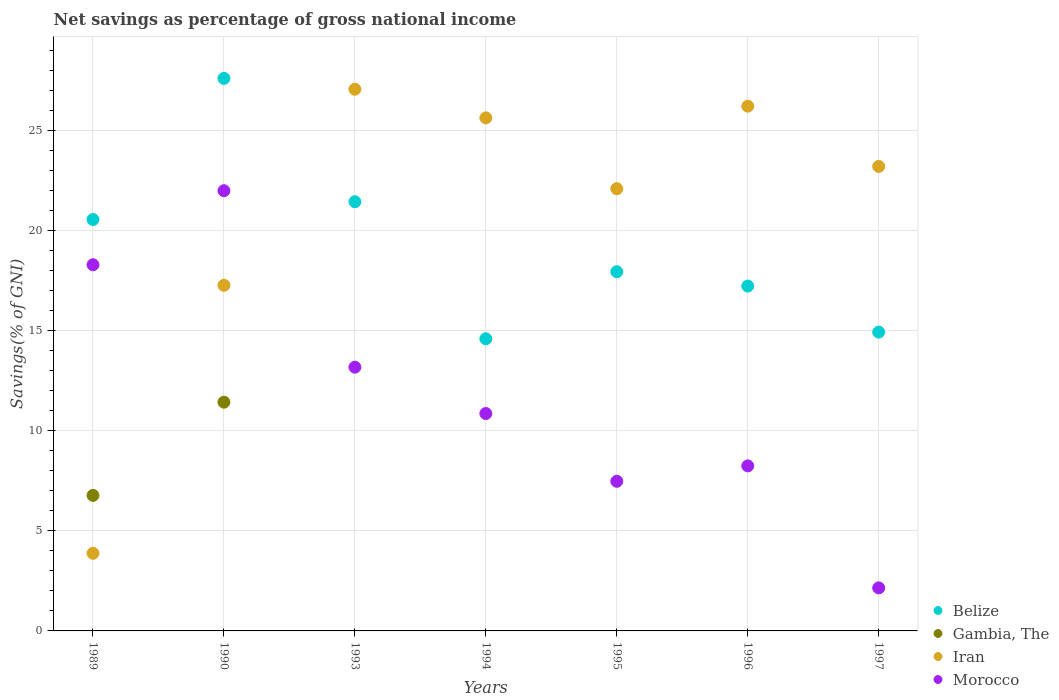
| Years | Belize | Gambia, The | Iran | Morocco |
 | --- | --- | --- | --- | --- |
 | 1989 | 20.6 | 6.77 | 3.88 | 18.3 |
 | 1990 | 27.6 | 11.4 | 17.3 | 22 |
 | 1993 | 21.5 | -12.7 | 27.1 | 13.2 |
 | 1994 | 14.6 | -13.4 | 25.6 | 10.9 |
 | 1995 | 18 | -14.2 | 22.1 | 7.48 |
 | 1996 | 17.2 | -13.4 | 26.2 | 8.25 |
 | 1997 | 14.9 | -11.1 | 23.2 | 2.15 |